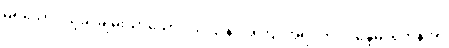
မရှိသော။ သုခံ၊ ချမ်းသာသော။ ယံ ဌာနံ၊ အကြင်အရပ်ကို။ ဝိန္ဒေမ၊ ရကုန်အံ့။